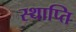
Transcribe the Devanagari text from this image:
स्थाप्ति